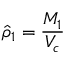
\hat { \rho } _ { 1 } = \frac { M _ { 1 } } { V _ { c } }